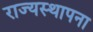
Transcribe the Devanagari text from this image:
राज्यस्थापना